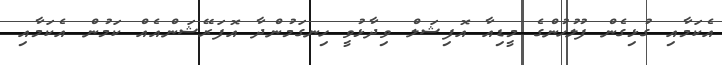
އެކަމާއި ގުޅިގެން ފުލުހުންގެ މީޑިއާ އޮފިޝަލް ވިދާޅުވީ ހިނގަމުންދާ އޮފަރޭޝަންއެއް ކަމުން އެކަމާއި